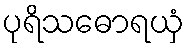
ပုရိသဓောရယှံ